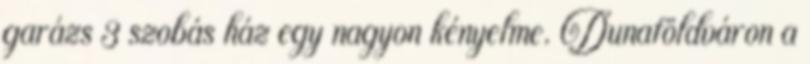
garázs 3 szobás ház egy nagyon kényelme. Dunaföldváron a